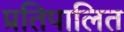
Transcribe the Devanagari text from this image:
प्रतिपालित